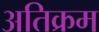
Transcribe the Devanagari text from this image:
अतिक्रम